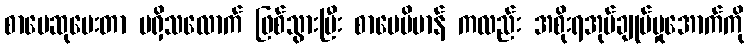
စာပေဆုပေးတာ မရှိသလောက် ဖြစ်သွားပြီး စာပေဗိမာန် ကလည်း အစိုးရအုပ်ချုပ်မှုအောက်ကို